V__Kingissepa_nim__kolhoos, lk 44
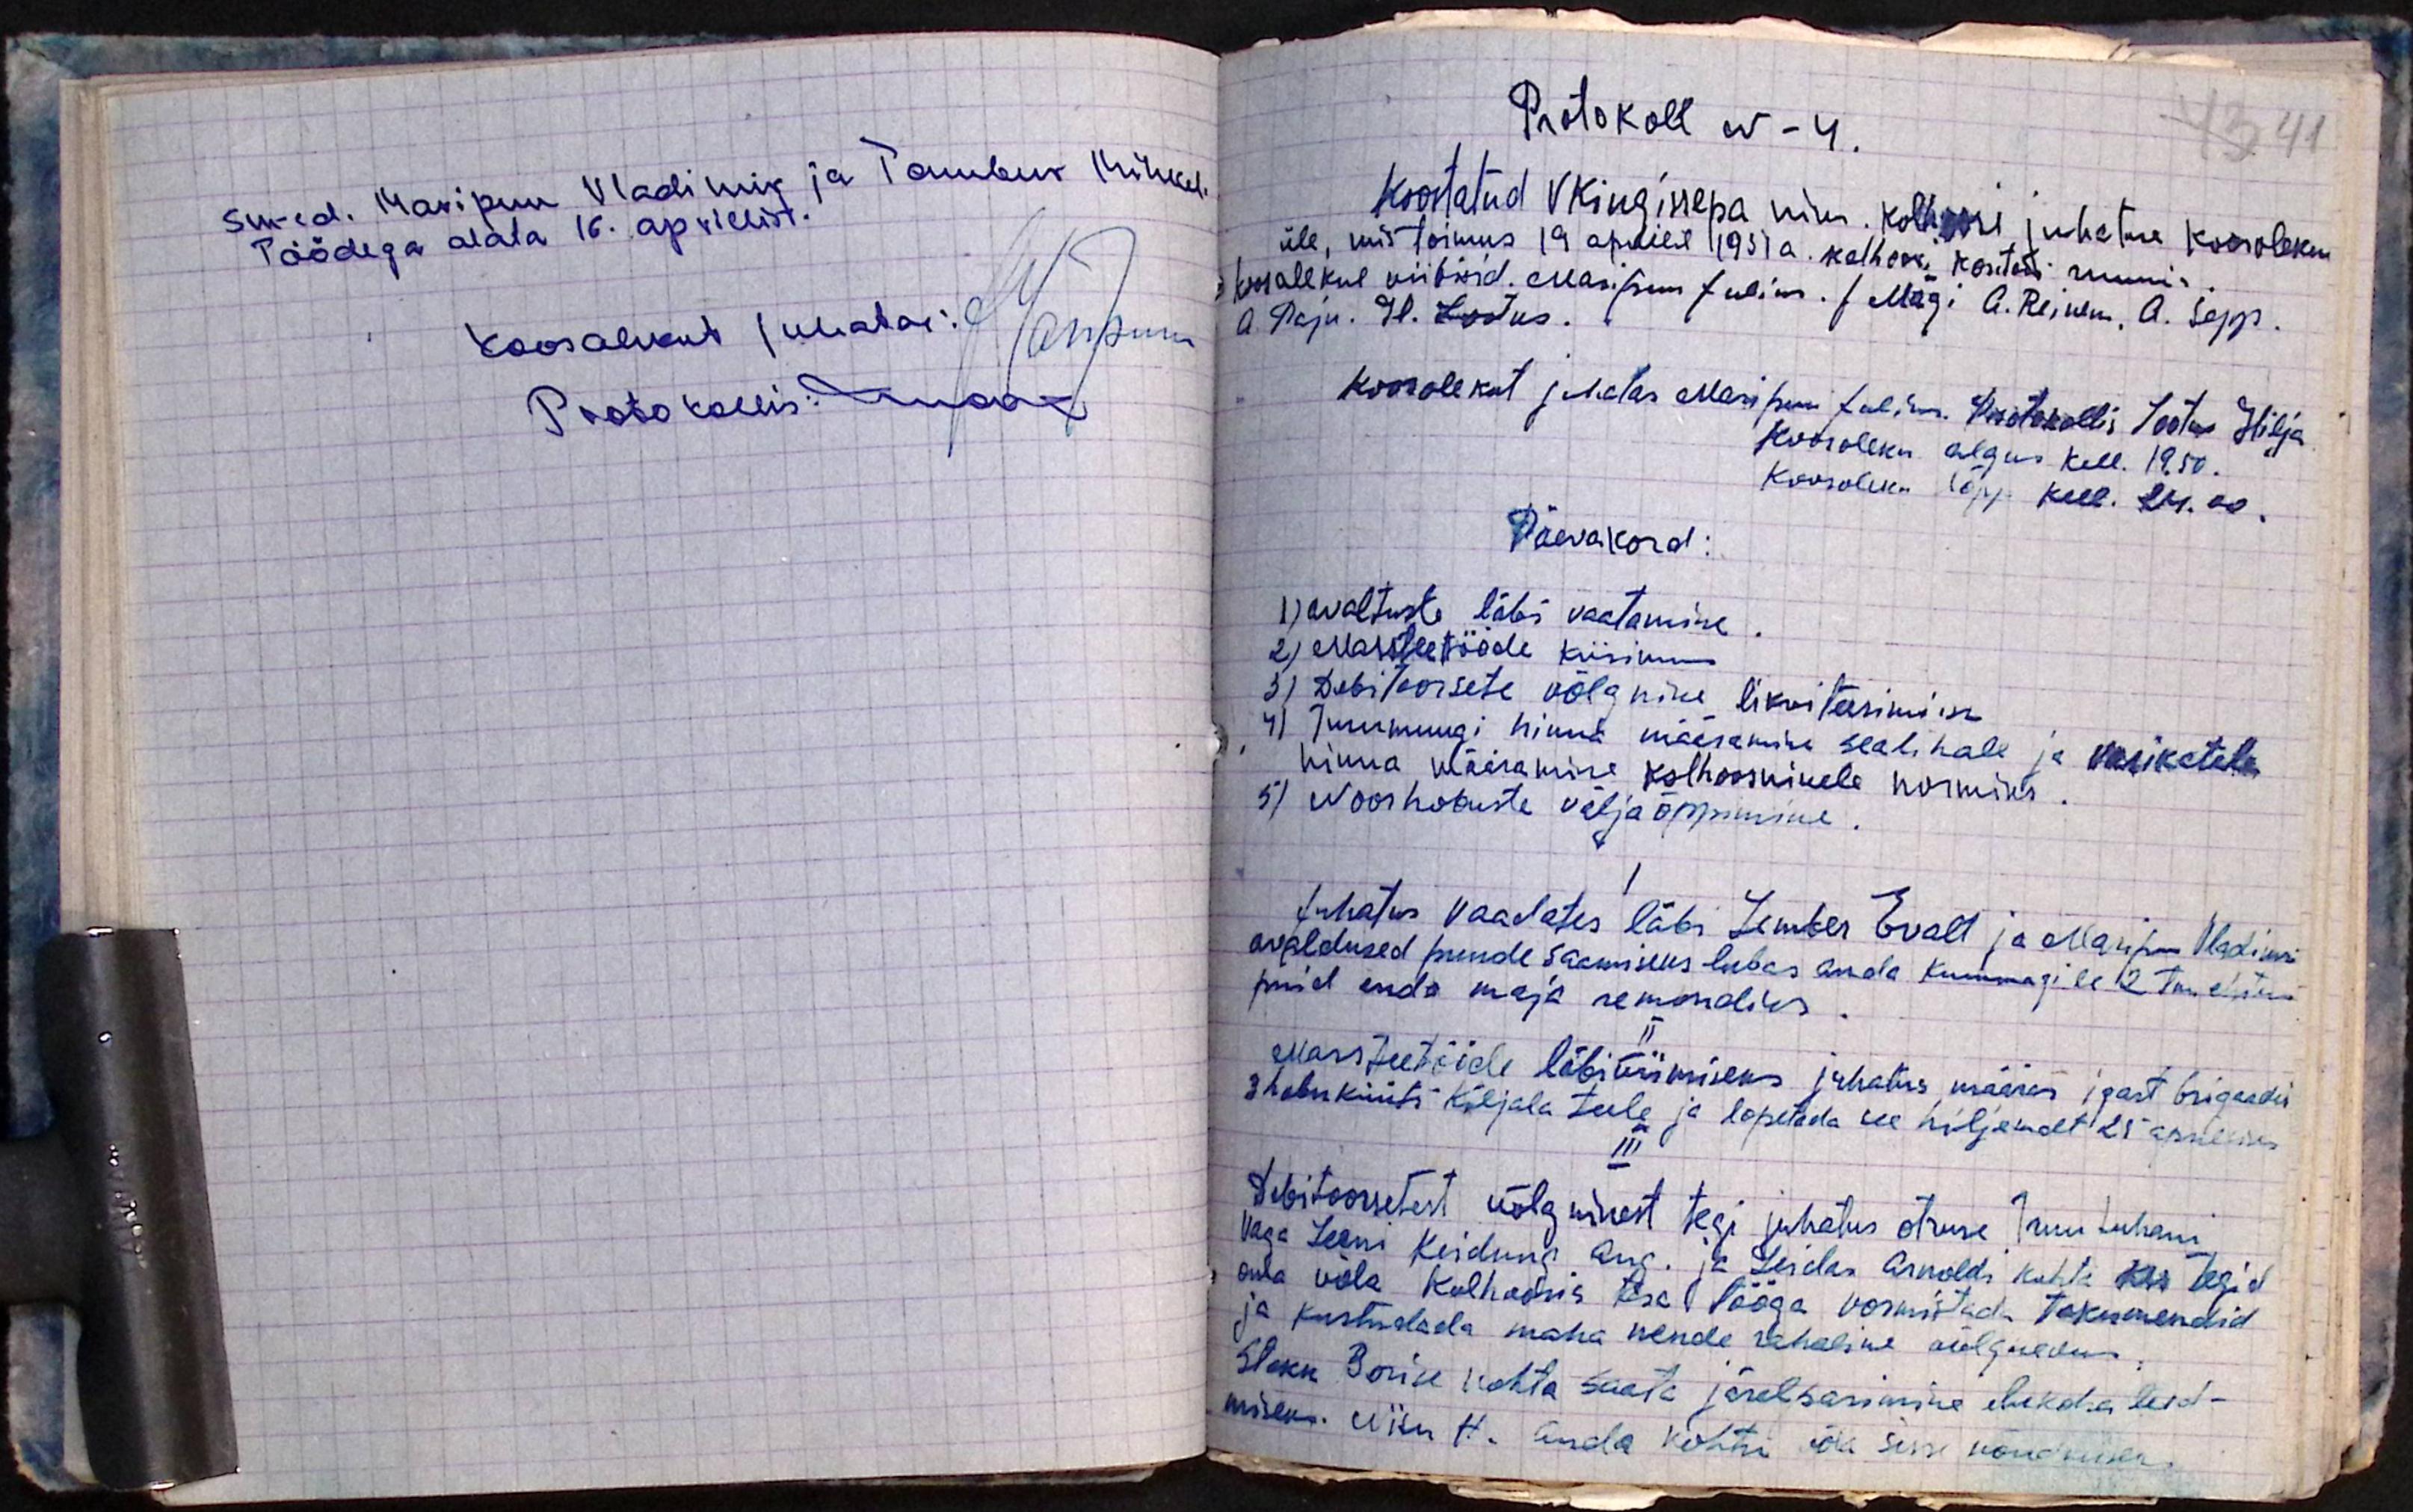
Sm-ed. Maripuu Vladimir ja Tambur Mihkel
Töödega alata 16. aprillist.
Koosolekut juhatas: Maripuu
Protokollis: Mook

Protokoll nr - 4.
Koostatud V Kingissepa nim. kolhoosi juhatuse koosoleku
üle, mis toimus 19 aprillil 1951 a. kolhoosi kontori ruumis
Koosolekul viibisid Maripuu Julius. J. Mägi A. Reinem, A. Sepp.
A. Paju. H. Lootus.
Koosolekut juhatas Maripuu Julius. Protokollis Lootus Hilja
Koosoleku algus kell. 19.50.
Koosoleku lõpp kell. 24.00.
Päevakord:
1) avaltuste läbi vaatamine
2) Massteetööde küsimus
3) Debitoorsete võlgnike likviteerimine
4) Turumuugi hinna määramine sealihale ja vasikatele
hinna määramine kolhoosnikele normiks.
5) Noorhobuste väljaõppimine.
I
Juhatus vaadates läbi Lember Evalt ja Maripuu Vladimiri
avaldused puude saamiseks lubas anda kummagile 2 tm ehitus
puid enda maja remondiks.
II
Massteetööde läbiviimiseks juhatus määras igast brigaadis
3 hobuküüti Kõljala teele ja lõpetada see hiljemalt 25 aprilliks
III
Debitoorsetest võlgnikest tegi juhatus otsuse Truu Juhani
Vaga Leeni Keidung Aug. ja Leidas Arnoldi kohta kes tegid
oma võla kolhoosis tasa tööga vormistada tokumendid
ja kustudada maha nende rahaline võlgnevus
Stokk Borise kohta saata järelpärimine elukoha leid-
miseks. Viiu H. anda kohtu võla sisse nõudmiseks.